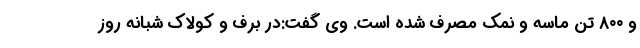
و ۸۰۰ تن ماسه و نمک مصرف شده است. وی گفت:در برف و کولاک شبانه روز